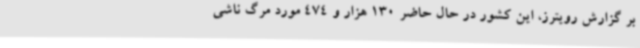
بر گزارش رویترز، این کشور در حال حاضر 130 هزار و 474 مورد مرگ ناشی